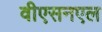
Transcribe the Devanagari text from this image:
वीएसनएल